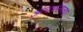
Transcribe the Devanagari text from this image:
अंत्यफलज्या